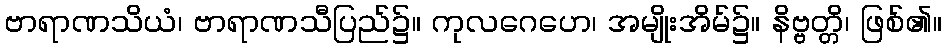
ဗာရာဏသိယံ၊ ဗာရာဏသီပြည်၌။ ကုလဂေဟေ၊ အမျိုးအိမ်၌။ နိဗ္ဗတ္တိ၊ ဖြစ်၏။